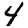
Digit: 4